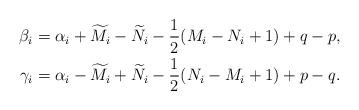
LaTeX: \begin{align*} \beta_{i}=\alpha_{i}+\widetilde{M}_{i}-\widetilde{N}_{i}-\frac{1}{2}(M_{i}-N_{i}+1)+q-p,\\ \gamma_{i}=\alpha_{i}-\widetilde{M}_{i}+\widetilde{N}_{i}-\frac{1}{2}(N_{i}-M_{i}+1)+p-q.\end{align*}